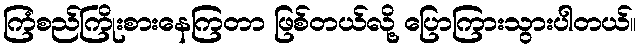
ကြံစည်ကြိုးစားနေကြတာ ဖြစ်တယ်လို့ ပြောကြားသွားပါတယ်။